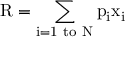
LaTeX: { \mathrm { R } } = \sum _ { \mathrm { i = 1 ~ t o ~ N } } { \mathrm { p } } _ { \mathrm { i } } { \mathrm { x } } _ { \mathrm { i } }